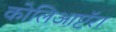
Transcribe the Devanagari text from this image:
कोलिआप्टॅरा